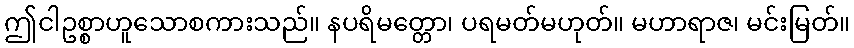
ဤငါဥစ္စာဟူသောစကားသည်။ နပရိမတ္တော၊ ပရမတ်မဟုတ်။ မဟာရာဇ၊ မင်းမြတ်။